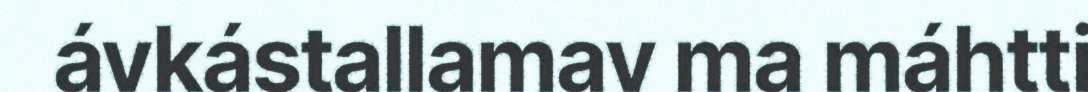
ávkástallamav ma máhtti